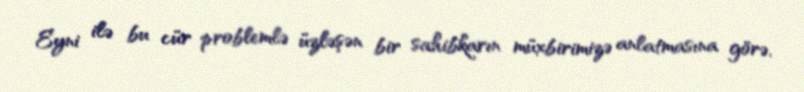
Eyni ilə bu cür problemlə üzləşən bir sahibkarın müxbirimizə anlatmasına görə,